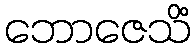
ဘောဇေသိံ